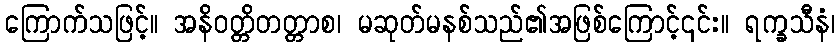
ကြောက်သဖြင့်။ အနိဝတ္တိတတ္တာစ၊ မဆုတ်မနစ်သည်၏အဖြစ်ကြောင့်၎င်း။ ရက္ခသီနံ၊